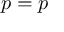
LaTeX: { \boldsymbol { p } } = p